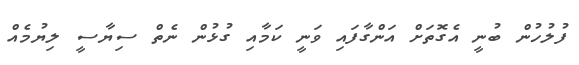
ފުލުހުން ބުނީ އެގޮތަށް އަންގާފައި ވަނީ ކަމާއި ގުޅުން ނެތް ސިޔާސީ ލިޔުމެއް